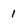
Character: 1